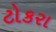
ટોકરા